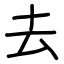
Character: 去